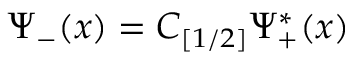
\Psi _ { - } ( x ) = { \cal C } _ { [ 1 / 2 ] } \Psi _ { + } ^ { \ast } ( x )